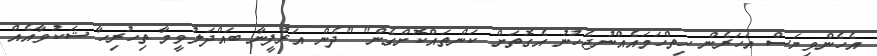
އެހެންވިޔަސް އަހަރެން ހިތްހަމައެއްނުޖެހުނު އެގޮތަށް ކަންތައްކޮށްގެން" "ދެން އަރުފީނާ ބައްދަލުވީމާ ތިހުރިހާ ޝަކުވާއެއް